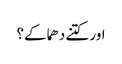
اور کتنے دھماکے؟